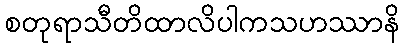
စတုရာသီတိထာလိပါကသဟဿာနိ